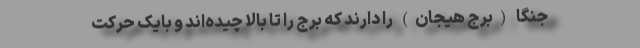
جنگا (برج هیجان) را دارند که برج را تا بالا چیده‌اند و بایک حرکت